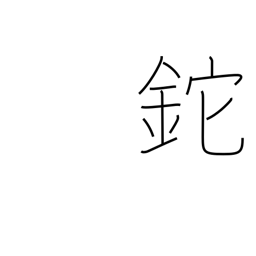
Meaning: hatchet